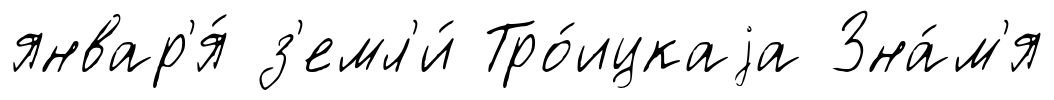
январ'я́ з'емл'и́ Тро́ицкаjа Зна́м'я